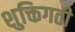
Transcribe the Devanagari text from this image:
शुक्तिगती